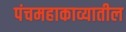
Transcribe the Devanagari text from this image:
पंचमहाकाव्यातील